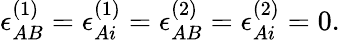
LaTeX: \epsilon_{AB}^{(1)}=\epsilon_{Ai}^{(1)}=\epsilon_{AB}^{(2)}=\epsilon_{Ai}^{(2)}=0.